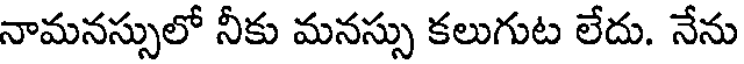
నామనస్సులో నీకు మనస్సు కలుగుట లేదు. నేను